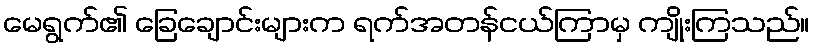
မေရွက်၏ ခြေချောင်းများက ရက်အတန်ငယ်ကြာမှ ကျိုးကြသည်။